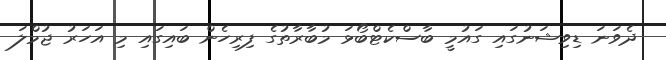
ދެވަނަ ޑިވިޝަނުގައި ގައުމީ ބާސްކެޓްބޯޅަ މުބާރާތުގެ ފިރިހެން ބައިގައި މި އަހަރު ޖުމްލަ